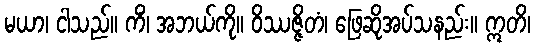
မယာ၊ ငါသည်။ ကိံ၊ အဘယ်ကို။ ဝိဿဇ္ဇိတံ၊ ဖြေဆိုအပ်သနည်း။ ဣတိ၊